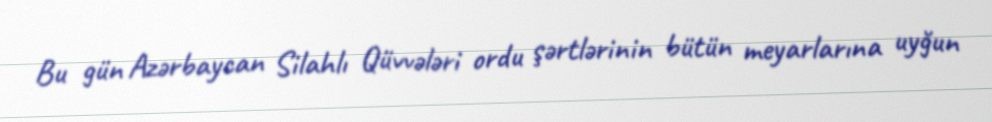
Bu gün Azərbaycan Silahlı Qüvvələri ordu şərtlərinin bütün meyarlarına uyğun